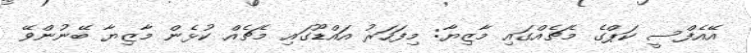
އޭއެފްސީ ކަޕްގެ މެޗެއްގައި މާޒިޔާ: މިފަހަރު އައްޑޫގައި މެޗެއް ކުޅެން މާޒިޔާ ބޭނުންވޭ